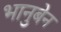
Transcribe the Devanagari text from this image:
भानुबेन